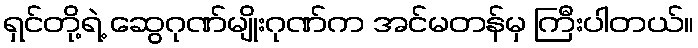
ရှင်တို့ရဲ့ ဆွေဂုဏ်မျိုးဂုဏ်က အင်မတန်မှ ကြီးပါတယ်။